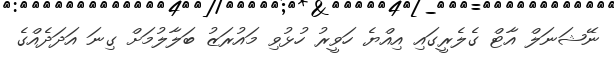
ނޭޝަނަލް އާޓް ގެލެރީގައި އިއްޔެ ހަވީރު ހުޅުވި މައުރަޒު ބަލާލުމަށް ގިނަ އަދަދެއްގެ